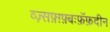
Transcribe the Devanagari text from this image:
व्ज़्सफ़्ग़्फ़्बःफ़ॅफ़दीन